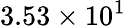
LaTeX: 3.53\times 10^{1}